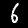
Label: 6